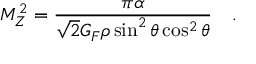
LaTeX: M _ { Z } ^ { 2 } = \frac { \pi \alpha } { \sqrt { 2 } G _ { F } \rho \sin ^ { 2 } \theta \cos ^ { 2 } \theta } ~ ~ ~ .